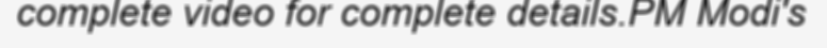
complete video for complete details.PM Modi's